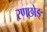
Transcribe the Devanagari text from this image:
रणछोङ्